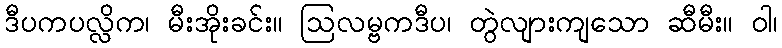
ဒီပကပလ္လိက၊ မီးအိုးခင်း။ ဩလမ္ဗကဒီပ၊ တွဲလျားကျသော ဆီမီး။ ဝါ၊